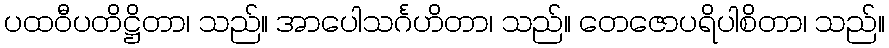
ပထဝီပတိဋ္ဌိတာ၊ သည်။ အာပေါသင်္ဂဟိတာ၊ သည်။ တေဇောပရိပါစိတာ၊ သည်။